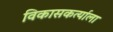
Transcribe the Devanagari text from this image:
विकासकर्त्याला